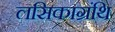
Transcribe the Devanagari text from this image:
लसिकाग्रंथि